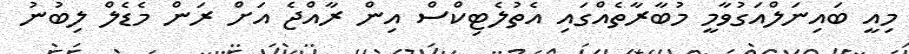
މިއީ ބައިނަލްއަގުވާމީ މުބާރާތެއްގައި އެތުލެޓިކްސް އިން ރާއްޖެ އަށް ރަން މެޑެލް ލިބުނު